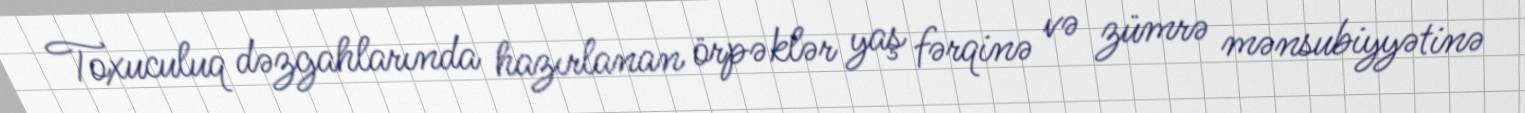
Toxuculuq dəzgahlarında hazırlanan örpəklər yaş fərqinə və zümrə mənsubiyyətinə